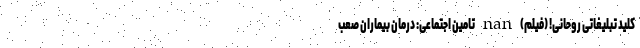
کلید تبلیغاتی روحانی! (فیلم) nan تامین اجتماعی: درمان بیماران صعب